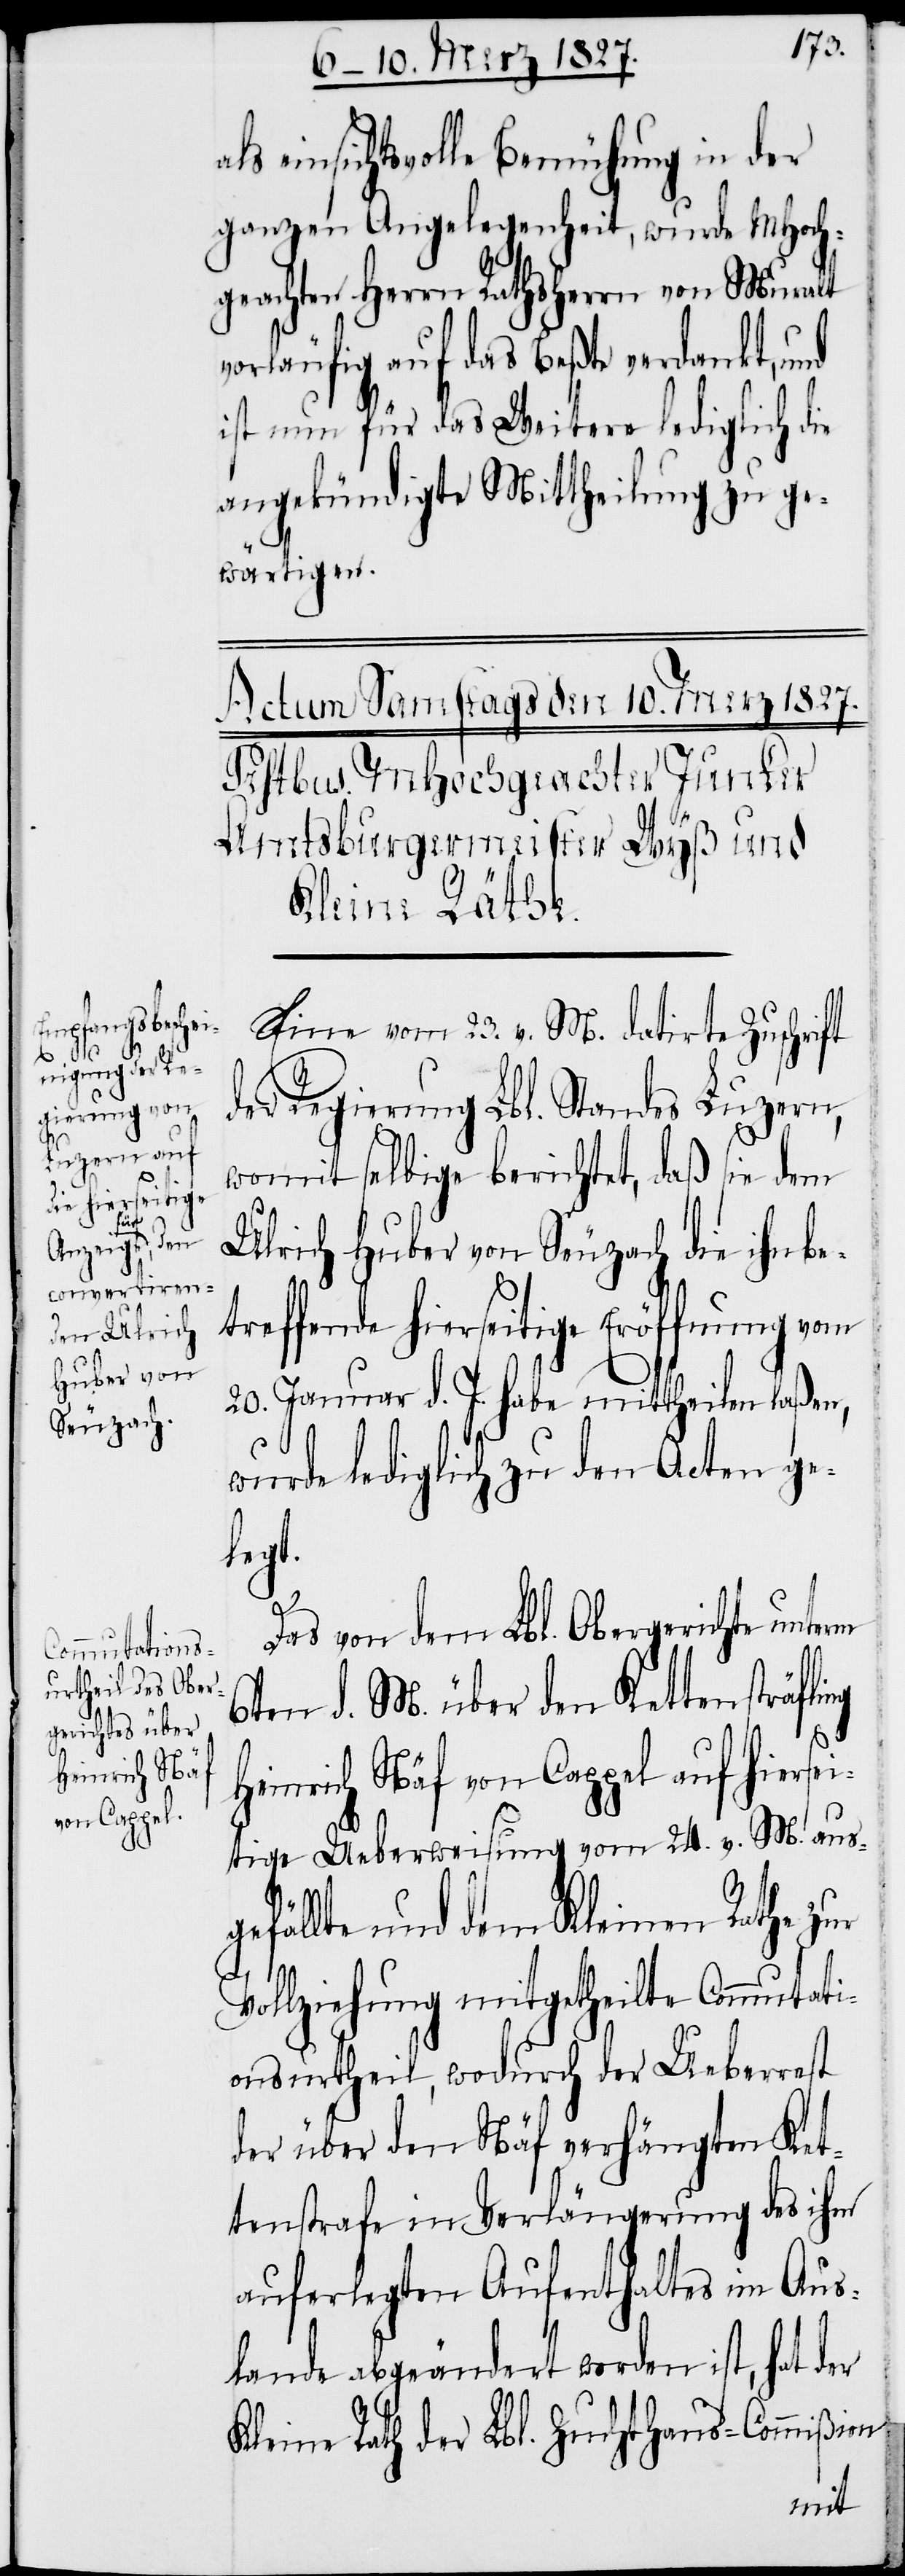
a¬

ls einsichtsvolle Bemühung in der
ganzen Angelegenheit, wurde MHoch¬
geachten Herrn Rathsherrn von Muralt
vorläufig auf das Beßte verdankt, und
ist nun für das Weitere lediglich die
angekündigte Mittheilung zu ge¬
wärtigen.
Eine vom 23. v. M. datirte Zuschrift
der Regierung Lbl. Standes Luzern,
womit selbige berichtet, daß sie dem
Ulrich Huber von Seuzach die ihn be¬
treffende hierseitige Eröffnung vom
20. Januar d. J. habe mittheilen laßen,
wurde lediglich zu den Acten ge¬
legt.
Das von dem Lbl. Obergerichte unterm
6ten d. M. über den Kettensträfling
Heinrich Näf von Cappel auf hiersei¬
tige Ueberweisung vom 24. v. M. ausg¬
efällte und dem Kleinen Rathe zur
Vollziehung mitgetheilte Commutati¬
onsurtheil, wodurch der Ueberrest
der über den Näf verhängten Ket¬
tenstrafe in Verlängerung des ihm
auferlegten Aufenthaltes im Aus¬
lande abgeändert worden ist, hat der
Kleine Rath der Lbl. Zuchthaus-Commißion